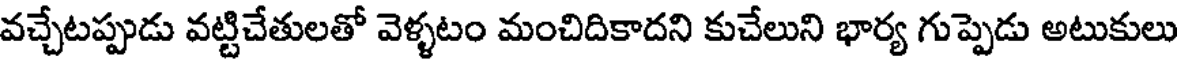
వచ్చేటప్పుడు వట్టిచేతులతో వెళ్ళటం మంచిదికాదని కుచేలుని భార్య గుప్పెడు అటుకులు